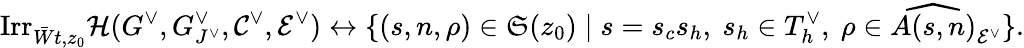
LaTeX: \mathrm{Irr}_{\bar{W}t,z_{0}}\mathcal H(G^{\vee},G_{J^{\vee}}^{\vee},\mathcal C^{\vee},\mathcal E^{\vee})\leftrightarrow\{ (s,n,\rho)\in\mathfrak S(z_{0})\mid s=s_{c}s_{h},\ s_{h}\in T_{h}^{\vee},\ \rho\in\widehat{A(s,n)}_{\mathcal E^{\vee}}\} .